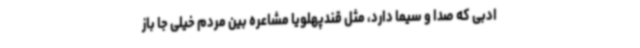
ادبی که صدا و سیما دارد، مثل قندپهلویا مشاعره بین مردم خیلی جا باز